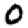
Digit: 0